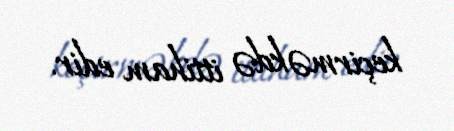
keçirməkdə ittiham edir.